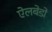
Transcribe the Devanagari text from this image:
ऐलबेडो